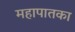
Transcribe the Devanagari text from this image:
महापातका